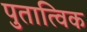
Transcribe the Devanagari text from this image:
पुतात्विक